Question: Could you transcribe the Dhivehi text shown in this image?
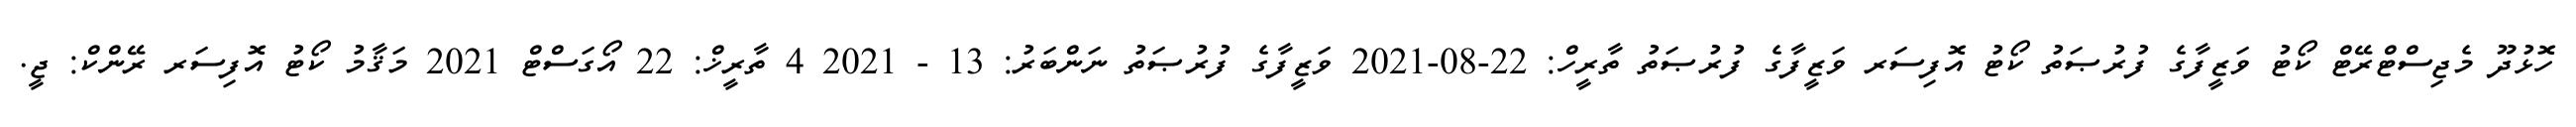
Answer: ހޮޅުދޫ މެޖިސްޓްރޭޓް ކޯޓު ވަޒީފާގެ ފުރުޞަތު ކޯޓު އޮފިސަރ ވަޒީފާގެ ފުރުޞަތު ތާރީހް: 22-08-2021 ވަޒީފާގެ ފުރުޞަތު ނަންބަރު: 13 - 2021 4 ތާރީޚް: 22 އޯގަސްޓް 2021 މަޤާމު ކޯޓު އޮފިސަރ ރޭންކް: ޖީ.